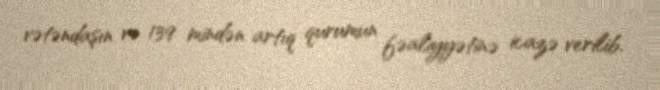
vətəndaşın və 139 mindən artıq qurumun fəaliyyətinə icazə verilib.